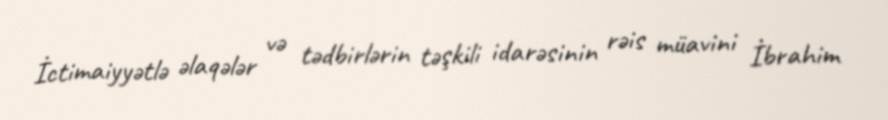
İctimaiyyətlə əlaqələr və tədbirlərin təşkili idarəsinin rəis müavini İbrahim